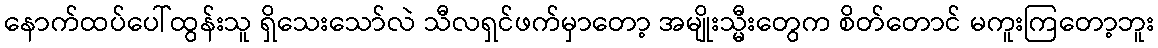
နောက်ထပ်ပေါ်ထွန်းသူ ရှိသေးသော်လဲ သီလရှင်ဖက်မှာတော့ အမျိုးသ္မီးတွေက စိတ်တောင် မကူးကြတော့ဘူး